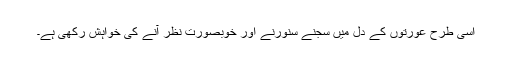
اسی طرح عورتوں کے دل میں سجنے سنورنے اور خوبصورت نظر آنے کی خواہش رکھی ہے۔